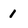
Character: 1